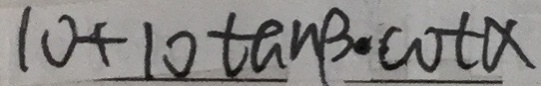
1 0 + 1 0 \tan B \cot x